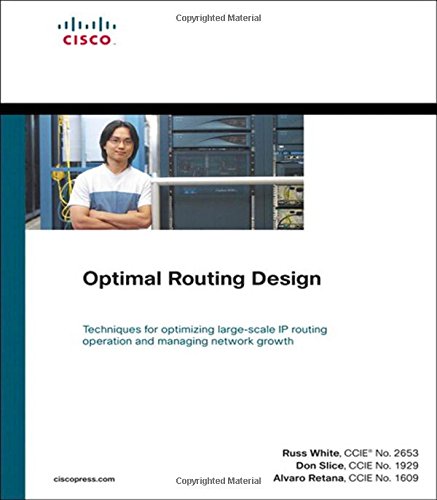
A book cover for Optimal Routing Design (paperback) (Networking Technology); Russ White; Computers & Technology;